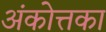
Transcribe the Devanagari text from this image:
अंकोत्तका